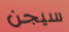
سيجن